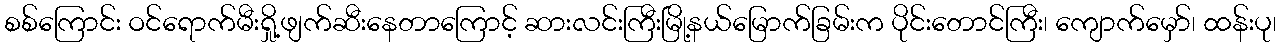
စစ်ကြောင်း ဝင်ရောက်မီးရှို့ဖျက်ဆီးနေတာကြောင့် ဆားလင်းကြီးမြို့နယ်မြောက်ခြမ်းက ပိုင်းတောင်ကြီး၊ ကျောက်မှော်၊ ထန်းပု၊